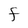
Character: F